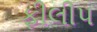
ફીલીપ